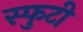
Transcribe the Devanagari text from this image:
स्फुटी